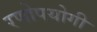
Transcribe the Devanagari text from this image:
रणोपयोगी